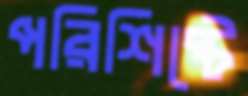
পরিশিষ্টে